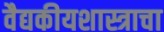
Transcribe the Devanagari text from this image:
वैद्यकीयशास्त्राचा